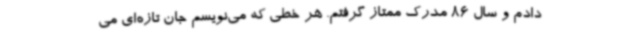
دادم و سال 86 مدرک ممتاز گرفتم. هر خطی که می‌نویسم جان تازه‌ای می